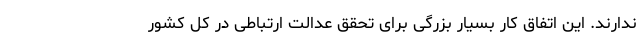
ندارند. این اتفاق کار بسیار بزرگی برای تحقق عدالت ارتباطی در کل کشور